Annual administration and progress report of the Indian Medical Department, Bombay
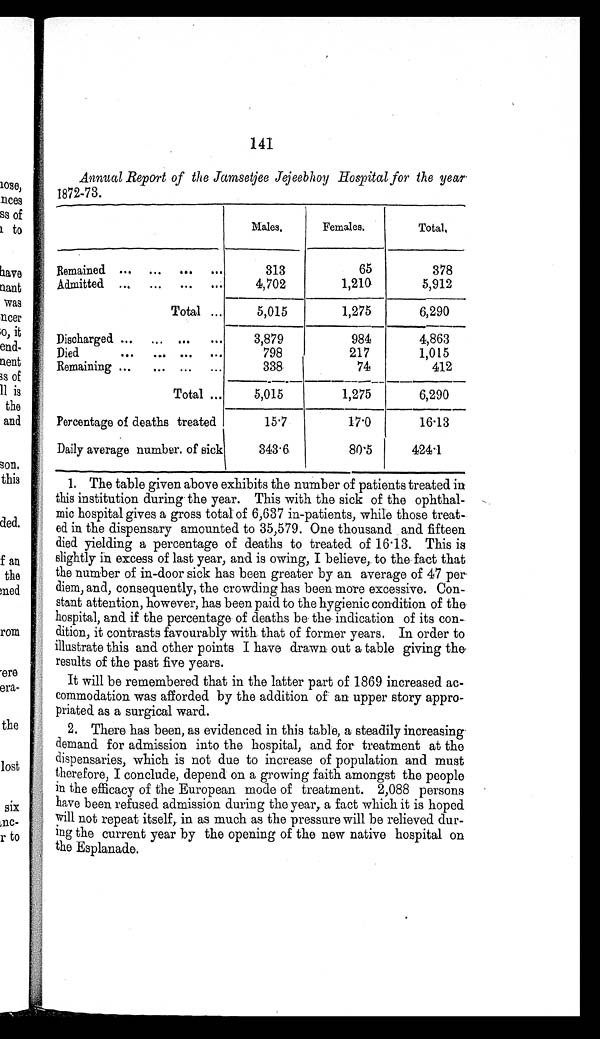
141
Annual Report of the Jamsetjee Jejeebhoy Hospital for the year
1872-73.
Males.
Females.
T o t a l .
Remained . . .
313
65
378
Admitted . . .
4,702
1,210
5,912
Total . . .
5,015
1,275
6,290
Discharged . . .
3,879
984
4,863
Died . . .
798
217
1,015
Remaining . . .
338
74
412
Total . . .
5,015
1,275
6,290
Percentage of deaths treated
15.7
17.0
16.13
Daily average number of sick
343.6
80.5
424.1
1. The table given above exhibits the number of patients treated in
this institution during the year. This with the sick of the ophthal
-mic hospital gives a gross total of 6,637 in-patients, while those treat
- e d i n t h e d i s p e n s a r y a m o u n t e d t o 3 5 , 5 7 9 . O n e t h o u s a n d a n d f i f t e e n
died yielding a percentage of deaths to treated of 16.13. This is
slightly in excess of last year, and is owing, I believe, to the fact that
the number of in-door sick has been greater by an average of 47 per
diem, and, consequently, the crowding has been more excessive. Con
- s t a n t a t t e n t i o n , h o w e v e r , h a s b e e n p a i d t o t h e h y g i e n i c c o n d i t i o n o f t h e
hospital, and if the percentage of deaths be the indication of its con
- d i t i o n , i t c o n t r a s t s f a v o u r a b l y w i t h t h a t o f f o r m e r y e a r s . I n o r d e r t o
illustrate this and other points I have drawn out a table giving the
results of the past five years.
It will be remembered that in the latter part of 1869 increased ac--
commodation was afforded by the addition of an upper story appro
- p r i a t e d a s a s u r g i c a l w a r d .
2. There has been, as evidenced in this table, a steadily increasing
demand for admission into the hospital, and for treatment at the
dispensaries, which is not due to increase of population and must
therefore, I conclude, depend on a growing faith amongst the people
in the efficacy of the European mode of treatment. 2,088 persons
have been refused admission during the year, a fact which it is hoped
will not repeat itself, in as much as the pressure will be relieved dur--
ing the current year by the opening of the new native hospital on
the Esplanade.